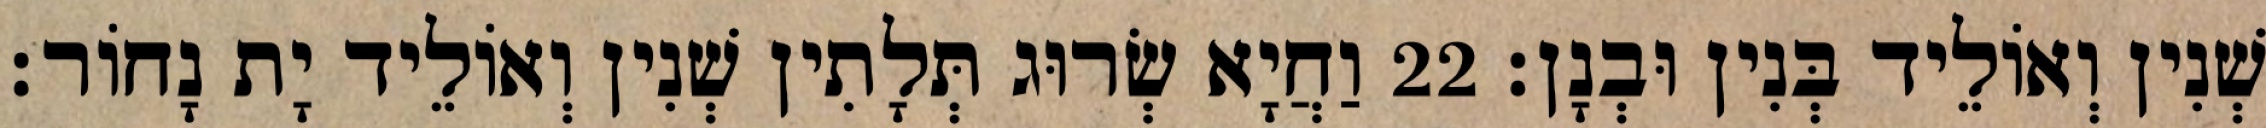
שְׁנִין וְאוֹלֵיד בְּנִין וּבְנָן׃ 22 וַחֲיָא שְׂרוּג תְּלָתִין שְׁנִין וְאוֹלֵיד יָת נָחוֹר׃